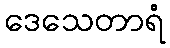
ဒေသေတာရံ